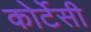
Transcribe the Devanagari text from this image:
कोर्टेसी